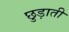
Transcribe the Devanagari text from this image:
छुड़ाती